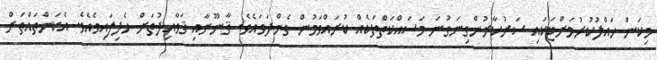
މިކަން ހައްލުކުރުމަށްޓަކައި ސަރުކާރުންގިނަގުނަ މަސައްކަތްތަކެއް ކުރައްވަމުން ގެންދަވައެވެ. ޤާނޫނާއި ޤަވާއިދުތަށް ހެދިފައިވެއެވެ. އެކަންތައްތަށް